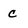
Character: c